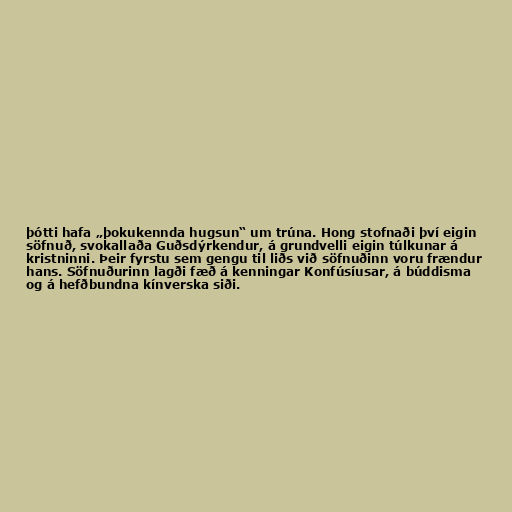
þótti hafa „þokukennda hugsun“ um trúna. Hong stofnaði því eigin
söfnuð, svokallaða Guðsdýrkendur, á grundvelli eigin túlkunar á
kristninni. Þeir fyrstu sem gengu til liðs við söfnuðinn voru frændur
hans. Söfnuðurinn lagði fæð á kenningar Konfúsíusar, á búddisma
og á hefðbundna kínverska siði.